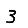
Digit: 3